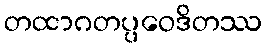
တထာဂတပ္ပဝေဒိတဿ